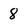
Character: 8